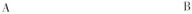
A B